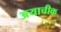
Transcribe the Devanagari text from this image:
अयाचीक